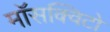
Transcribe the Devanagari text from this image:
माॅसक्विटो